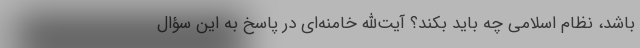
باشد، نظام اسلامی چه باید بکند؟ آیت‌الله خامنه‌ای در پاسخ به این سؤال